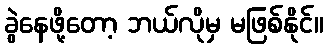
ခွဲနေဖို့တော့ ဘယ်လိုမှ မဖြစ်နိုင်။